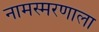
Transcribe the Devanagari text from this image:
नामस्मरणाला